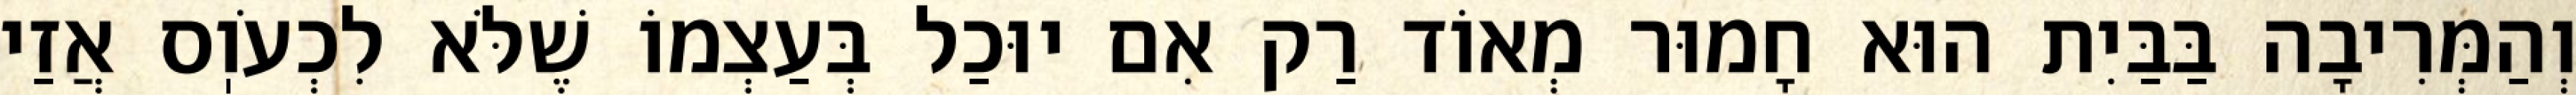
וְהַמְּרִיבָה בַּבַּיִת הוּא חָמוּר מְאוֹד רַק אִם יוּכַל בְּעַצְמוֹ שֶׁלֹּא לִכְעֹוֽס אֲזַי